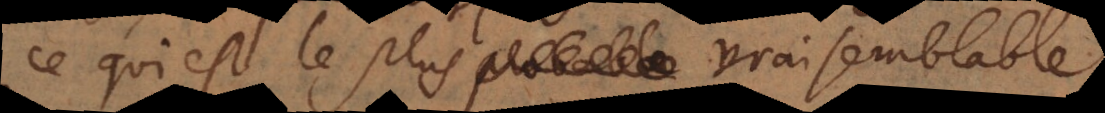
ce qui est le plus probable